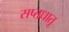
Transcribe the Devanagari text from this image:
सप्तधातू